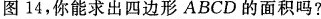
图14，你能求出四边形ABCD的面积吗?